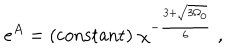
LaTeX: e ^ { A } = \mathrm { ( c o n s t a n t ) } \; \chi ^ { - \frac { 3 + \sqrt { 3 \Omega _ { 0 } } } { 6 } } \; ,